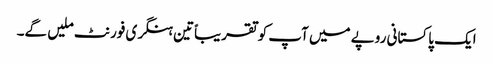
ایک پاکستانی روپے میں آپ کو تقریباًتین ہنگری فورنٹ ملیں گے۔